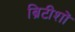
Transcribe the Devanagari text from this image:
ब्रिटीशों